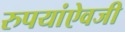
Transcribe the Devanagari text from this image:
रुपयांऐवजी